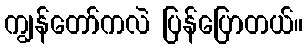
ကျွန်တော်ကလဲ ပြန်ပြောတယ်။